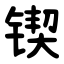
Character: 锲